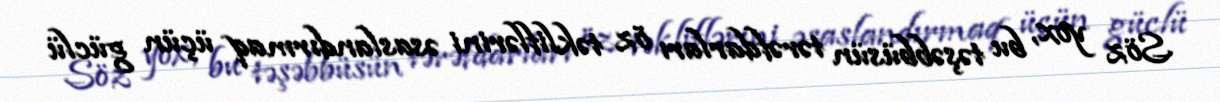
Söz yox, bu təşəbbüsün tərəfdarları öz təkliflərini əsaslandırmaq üçün güclü